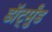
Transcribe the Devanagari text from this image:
डॉर्ट्मुंड